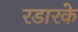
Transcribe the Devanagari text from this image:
रडारके